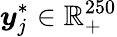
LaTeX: \boldsymbol{y}_{j}^{*}\in\mathbb{R}_{+}^{250}